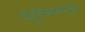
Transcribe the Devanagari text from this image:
बहुतेकांसमवेत